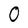
Character: O